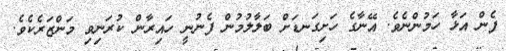
ފެން އަޅާ ހަމުންނެވެ. އޭނާގެ ހަށިގަނޑަށް ބަލާލުމުން ފެނުނީ ހައިރާން ކުރަނިވި މަންޒަރެކެވެ.